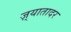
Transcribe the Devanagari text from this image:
ज़्यातादर